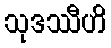
သုဒဿီဟိ